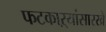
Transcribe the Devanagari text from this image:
फटकाऱ्यांसारखे